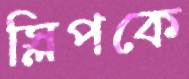
স্লিপকে